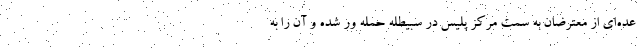
عده‌ای از معترضان به سمت مرکز پلیس در سبیطله حمله ور شده و آن را به